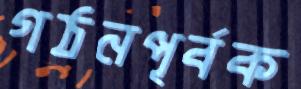
গঠনপূর্বক